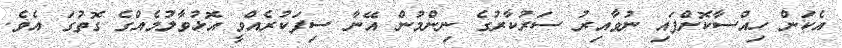
އެެކަން ހިއްސާކޮށްފައި ނުވާއިރު ސަރުކާރުގެ ނިންމުން އޭނާ ސިފަކުރެއްވީ އޮޅުވާލުމެއްގެ ގޮތުގަ އެވެ.